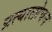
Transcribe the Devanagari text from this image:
प्रत्यालोचन